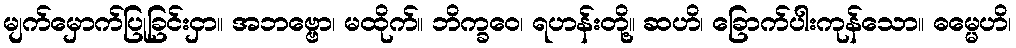
မျက်မှောက်ပြုခြင်းငှာ။ အဘဗ္ဗော၊ မထိုက်။ ဘိက္ခဝေ၊ ရဟန်းတို့။ ဆဟိ၊ ခြောက်ပါးကုန်သော။ ဓမ္မေဟိ၊